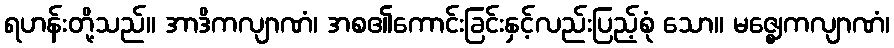
ရဟန်းတို့သည်။ အာဒိကလျာဏံ၊ အစ၏ကောင်းခြင်းနှင့်လည်းပြည့်စုံ သော။ မဇ္ဈေကလျာဏံ၊